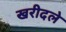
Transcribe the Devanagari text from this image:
खरीदले